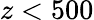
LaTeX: z<500